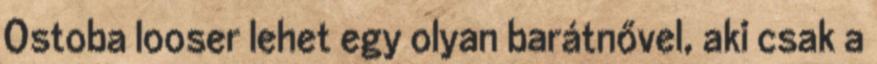
Ostoba looser lehet egy olyan barátnővel, aki csak a